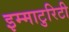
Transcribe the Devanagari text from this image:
इम्माटुरिटी